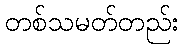
တစ်သမတ်တည်း